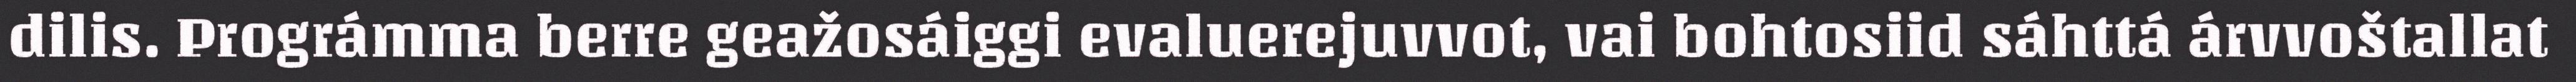
dilis. Prográmma berre geažosáiggi evaluerejuvvot, vai bohtosiid sáhttá árvvoštallat